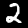
Label: 2